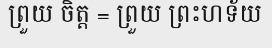
ព្រួយ ចិត្ត = ព្រួយ ព្រះហទ័យ